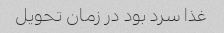
غذا سرد بود در زمان تحویل